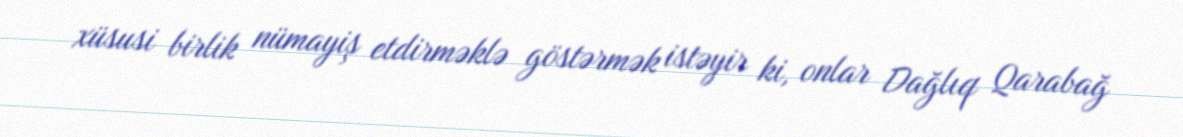
xüsusi birlik nümayiş etdirməklə göstərmək istəyir ki, onlar Dağlıq Qarabağ